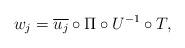
LaTeX: \begin{align*}w_j = \overline{u_j} \circ \Pi \circ U^{-1} \circ T ,\end{align*}